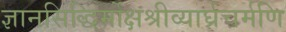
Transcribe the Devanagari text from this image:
ज्ञानसिद्धिर्मोक्षश्रीव्यार्घ्रचर्मणि